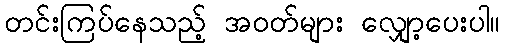
တင်းကြပ်နေသည့် အဝတ်များ လျှော့ပေးပါ။